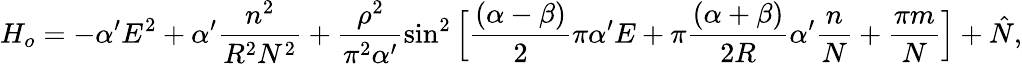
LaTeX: H_{o}=-\alpha^{\prime}E^{2}+\alpha^{\prime}\frac{n^{2}}{R^{2}N^{2}}+\frac{\rho^{2}}{\pi^{2}\alpha^{\prime}}\sin^{2}\Big[\frac{(\alpha-\beta)}{2}\pi\alpha^{\prime}E+\pi\frac{(\alpha+\beta)}{2R}\alpha^{\prime}\frac{n}{N}+\frac{\pi m}{N}\Big]+\hat{N},